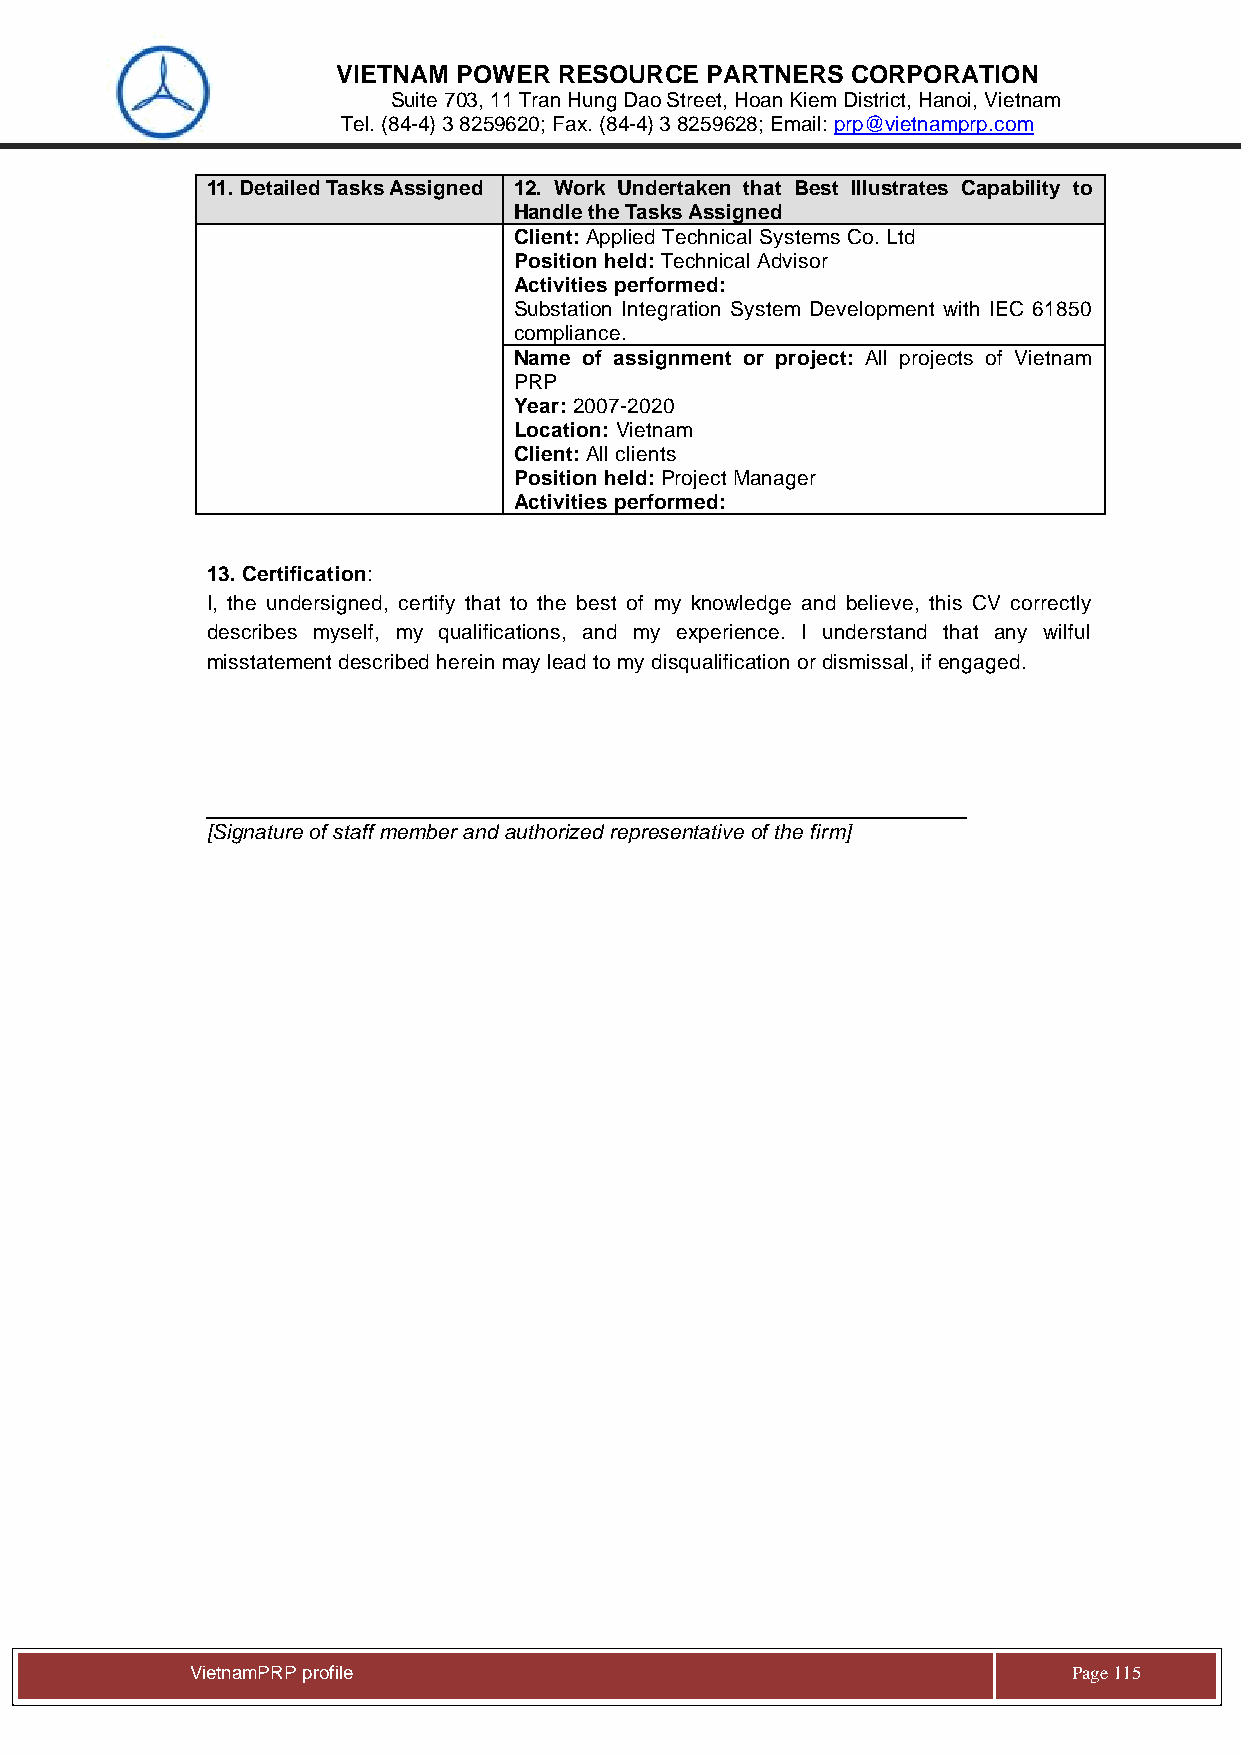
VIETNAM POWER  RESOURCE  PARTNERS CORPORATION
 Suite 703, 11 Tran Hung Dao Street, Hoan Kiem District, Hanoi, Vietnam
 Tel. (84-4) 3 8259620; Fax. (84-4) 3 8259628; Email: prp@vietnamprp.com
 11. Detailed Tasks Assigned 12. Work Undertaken that Best Illustrates Capability to
 Handle the Tasks Assigned
 Client: Applied Technical Systems Co. Ltd
 Position held: Technical Advisor
 Activities performed:
 Substation Integration System Development with IEC 61850
 compliance.
 Name of assignment or project: All projects of Vietnam
 PRP
 Year: 2007-2020
 Location: Vietnam
 Client: All clients
 Position held: Project Manager
 Activities performed:
 13. Certification:
 I, the undersigned, certify that to the best of my knowledge and believe, this CV correctly
 describes myself, my qualifications, and my experience. I understand that any wilful
 misstatement described herein may lead to my disqualification or dismissal, if engaged.
 [Signature of staff member and authorized representative of the firm]
 Vie tnamPRP profile                                       Page 115